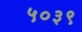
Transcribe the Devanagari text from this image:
५०३९